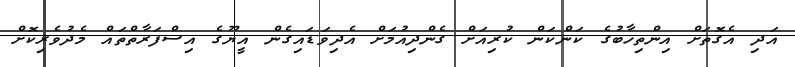
އަދި އެގޮތަށް އިންތިހާބުގެ ކަންކަން ކުރިއަށް ގެންދިއުމަށް އެދިވަޑައިގެން އީޔޫގެ އިސްފަރާތްތައް މެދުވެރިކޮށް